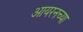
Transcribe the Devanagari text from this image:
आयरनच्या